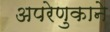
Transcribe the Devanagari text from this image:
अपरेणुकाने